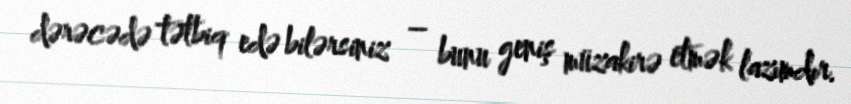
dərəcədə tətbiq edə bilərsiniz – bunu geniş müzakirə etmək lazımdır.